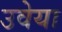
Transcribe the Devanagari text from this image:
उवेया